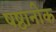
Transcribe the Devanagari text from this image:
षष्ठानीक